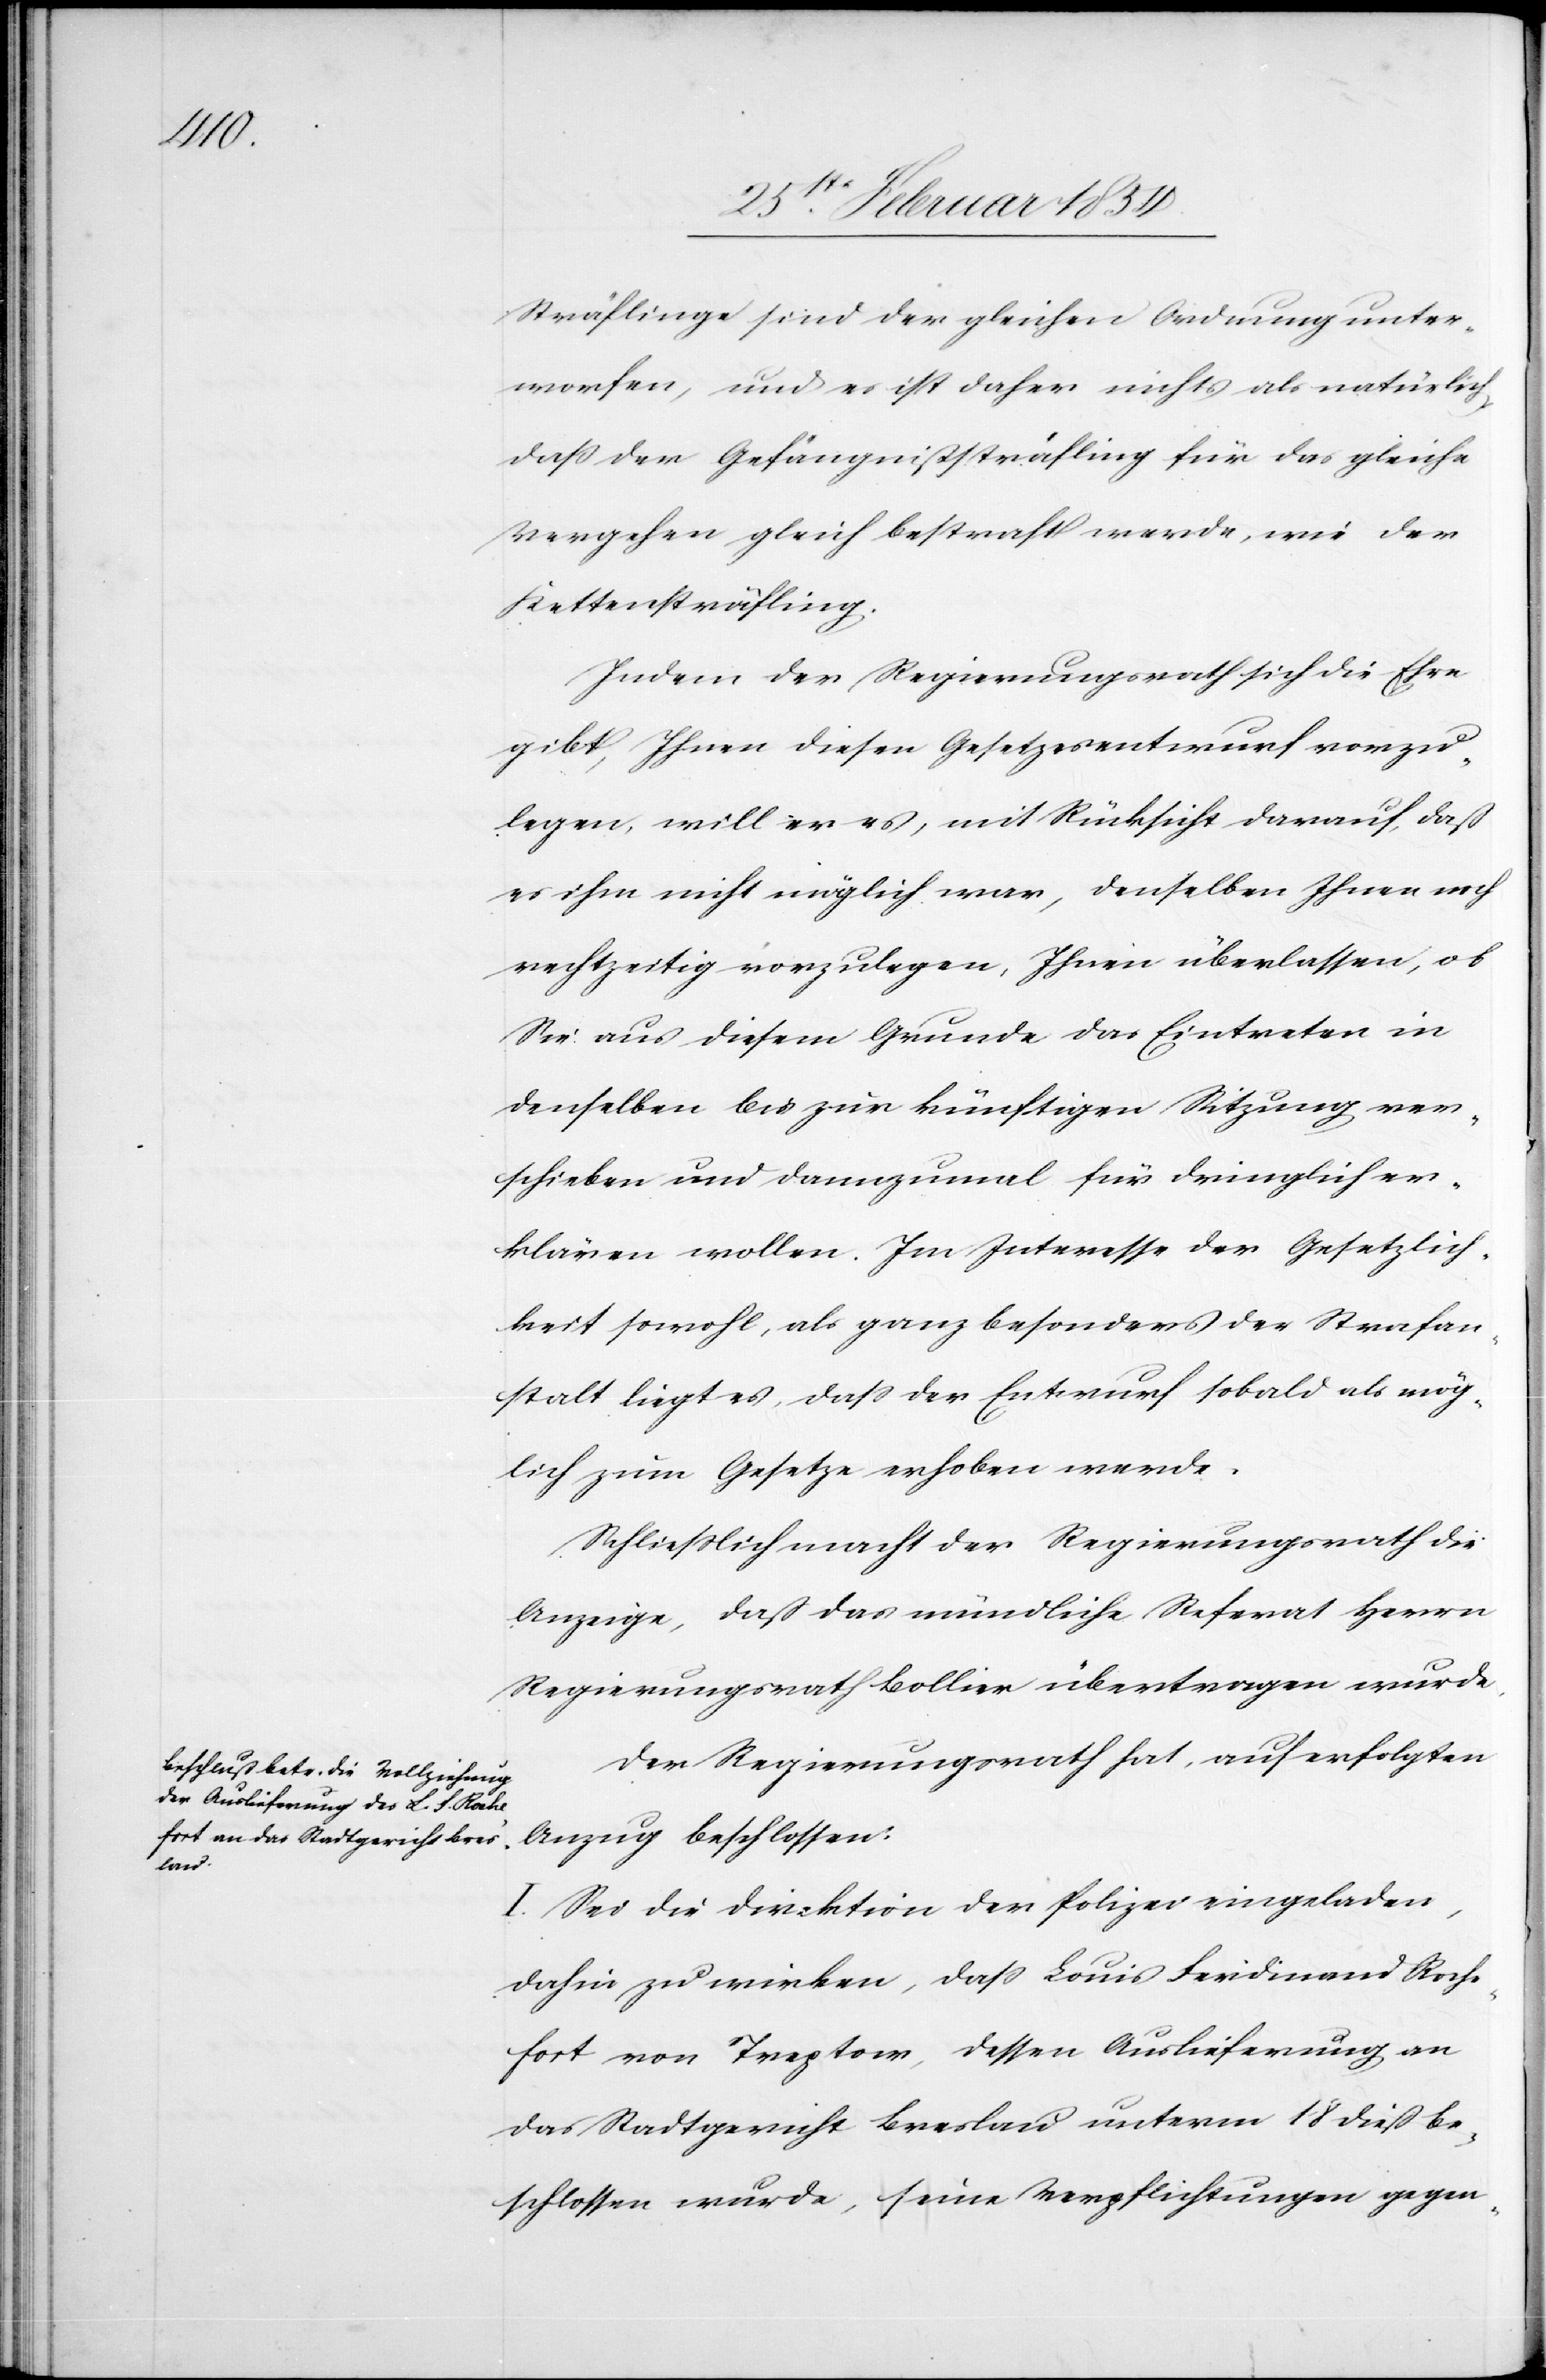
Sträflinge sind der gleichen Ordnung unter¬
worfen, und es ist daher nichts als natürlich,
daß der Gefängnißsträfling für das gleiche
Vergehen gleich behandelt werde, wie der
Kettensträfling.
Indem der Regierungsrath sich die Ehre
gibt, Ihnen diesen Gesetzesentwurf vorzu¬
legen, will er es, mit Rücksicht auf darauf, daß
es ihm nicht möglich war, denselben Ihnen noch
rechtzeitig vorzulegen, Ihnen überlassen, ob
Sie aus diesem Grunde das Eintreten in
denselben bis zur künftigen Sitzung ver¬
schieben und dannzumal für dringlich er¬
klären wollen. Im Interesse der Gesetzlich¬
keit sowohl, als ganz besonders der Strafan¬
stalt liegt es, daß der Entwurf sobald als mög¬
lich zum Gesetze erhoben werde.
Schließlich macht der Regierungsrath die
Anzeige, daß das mündliche Referat Herrn
Regierungsrath Bollier übertragen wurde.
Der Regierungsrath hat, auf erfolgten
Auszug beschlossen:
I. Sei die Direktion der Polizei eingeladen,
dahin zu wirken, daß Louis Ferdinand Roche¬
fort von Treptow, dessen Auslieferung an
das Stadtgericht Breslau unterm 18 dieß be¬
schlossen wurde, seine Verpflichtungen gegen-